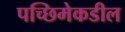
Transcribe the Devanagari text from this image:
पच्छिमेकडील